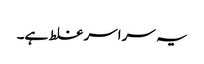
یہ سراسر غلط ہے۔